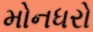
મોનધરો